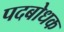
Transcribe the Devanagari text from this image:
पदबोधक